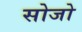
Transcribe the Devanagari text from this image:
सोजो